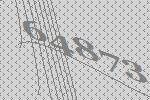
64873